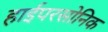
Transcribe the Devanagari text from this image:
हाईपरसोनिक